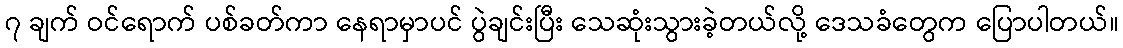
၇ ချက် ဝင်ရောက် ပစ်ခတ်ကာ နေရာမှာပင် ပွဲချင်းပြီး သေဆုံးသွားခဲ့တယ်လို့ ဒေသခံတွေက ပြောပါတယ်။